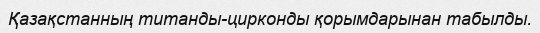
Қазақстанның титанды-цирконды қорымдарынан табылды.